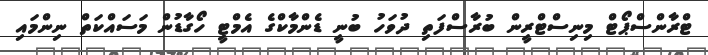
ޓްރާންސްޕޯޓް މިނިސްޓްރީން ބުރާސްފަތި ދުވަހު ބުނީ ޑެންމާކްގެ އެމްޓީ ހޯގާޑުން މަސައްކަތް ނިންމައި